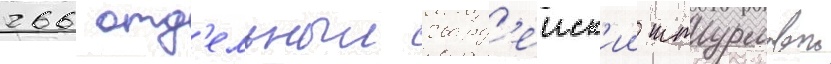
266 отд'ельныи гвард'еиск'ии штурмовои